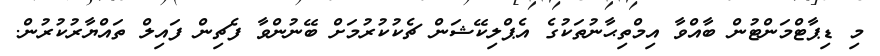
މި ޑިޕާޓްމަންޓުން ބާއްވާ އިމްތިޙާނުތަކުގެ އެޕްލިކޭޝަން ޗެކުކުރުމަށް ބޭނުންވާ ފެޗިން ފައިލް ތައްޔާރުކުރުން.